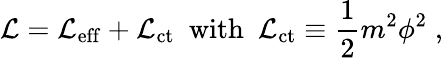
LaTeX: {\cal L}={\cal L}_{\mathrm{eff}}+{\cal L}_{\mathrm{ct}}{\ \ \mathrm{with\ \ }}{\cal L}_{\mathrm{ct}}\equiv{\frac{1}{2}}m^{2}\phi^{2}\; ,